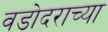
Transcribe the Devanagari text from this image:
वडोदराच्या